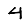
Digit: 4